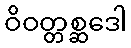
ဝိဝတ္တစ္ဆဒေါ